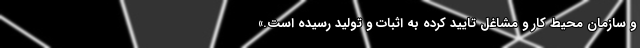
و سازمان محیط کار و مشاغل تایید کرده به اثبات و تولید رسیده است.»